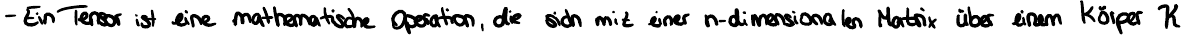
- Ein Tensor ist eine mathematische Operation, die sich mit einer n-dimensionalen Matrix über einem Körper K